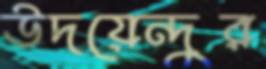
উদয়েন্দুর